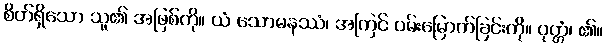
စိတ်ရှိသော သူ၏ အဖြစ်ကို။ ယံ သောမနဿံ၊ အကြင် ဝမ်းမြောက်ခြင်းကို။ ဝုတ္တံ၊ ၏။